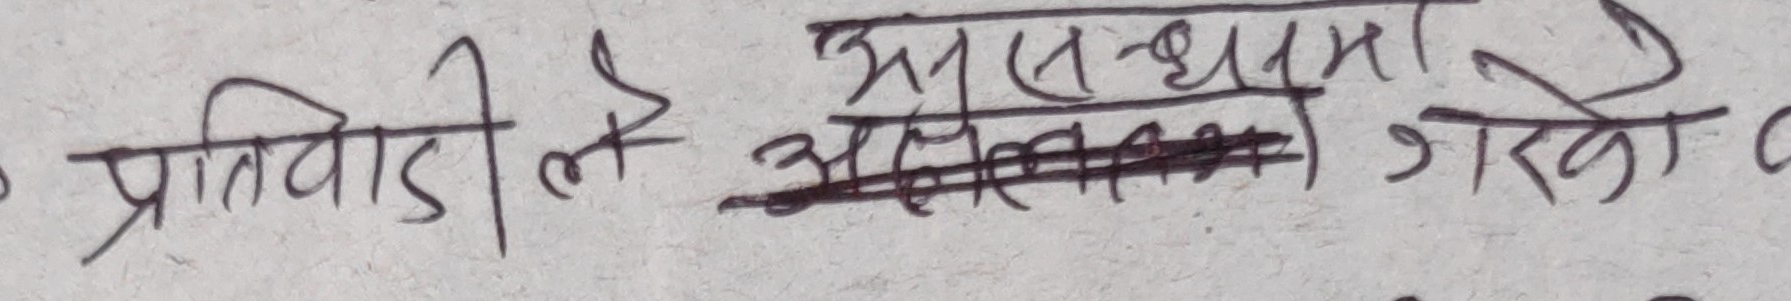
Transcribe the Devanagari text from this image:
प्रतिवादीले असन्धानमा गरेको